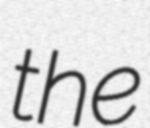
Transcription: the